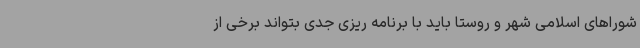
شوراهای اسلامی شهر و روستا باید با برنامه ریزی جدی بتواند برخی از